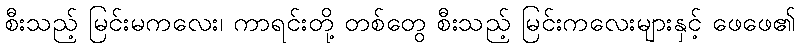
စီးသည့် မြင်းမကလေး၊ ကာရင်းတို့ တစ်တွေ စီးသည့် မြင်းကလေးများနှင့် ဖေဖေ၏